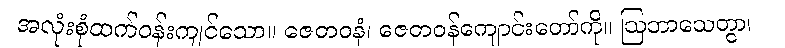
အလုံးစုံထက်ဝန်းကျင်သော။ ဇေတဝနံ၊ ဇေတဝန်ကျောင်းတော်ကို။ ဩဘာသေတွာ၊